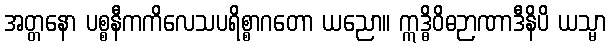
အတ္တနော ပစ္စနီကကိလေသပရိစ္စာဂတော ယညော။ ဣဒ္ဓိဝိဓဉာဏာဒီနိပိ ယသ္မာ